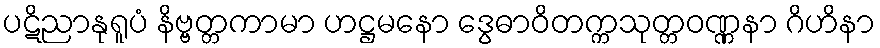
ပဋိညာနုရူပံ နိဗ္ဗတ္တကာမာ ဟဋ္ဌမနော ဒွေဓာဝိတက္ကသုတ္တဝဏ္ဏနာ ဂိဟိနာ